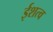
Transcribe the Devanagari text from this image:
ईशत्व